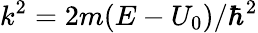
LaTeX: k^{2}=2m(E-U_{0})/\hbar^{2}